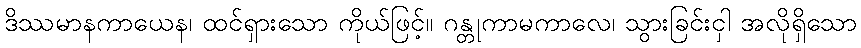
ဒိဿမာနကာယေန၊ ထင်ရှားသော ကိုယ်ဖြင့်။ ဂန္တုကာမကာလေ၊ သွားခြင်းငှါ အလိုရှိသော